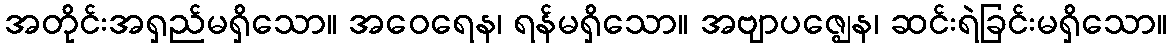
အတိုင်းအရှည်မရှိသော။ အဝေရေန၊ ရန်မရှိသော။ အဗျာပဇ္ဈေန၊ ဆင်းရဲခြင်းမရှိသော။